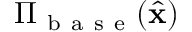
{ \Pi } _ { \mathrm { ~ b ~ a ~ s ~ e ~ } } ( \hat { \mathbf { x } } )